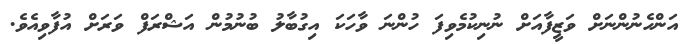
އަންހެނުންނަށް ވަޒީފާއަށް ނުނިކުމެވިފަ ހުންނަ ވާހަކަ އިގުބާލު ބުނުމުން އަޝްރަފް ވަރަށް އުފާވިއެވެ.